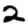
Digit: 2